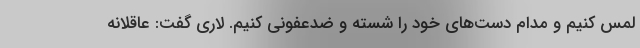
لمس کنیم و مدام دست‌های خود را شسته و ضدعفونی کنیم. لاری گفت: عاقلانه